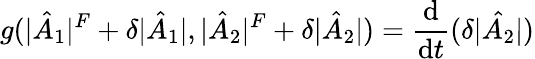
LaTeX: g(|\hat{A}_{1}|^{F}+\delta|\hat{A}_{1}|,|\hat{A}_{2}|^{F}+\delta|\hat{A}_{2}|)=\frac{\mathrm{d}}{\mathrm{d}t}(\delta|\hat{A_{2}}|)